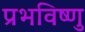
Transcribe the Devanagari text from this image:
प्रभविष्णु